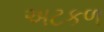
અટકળ